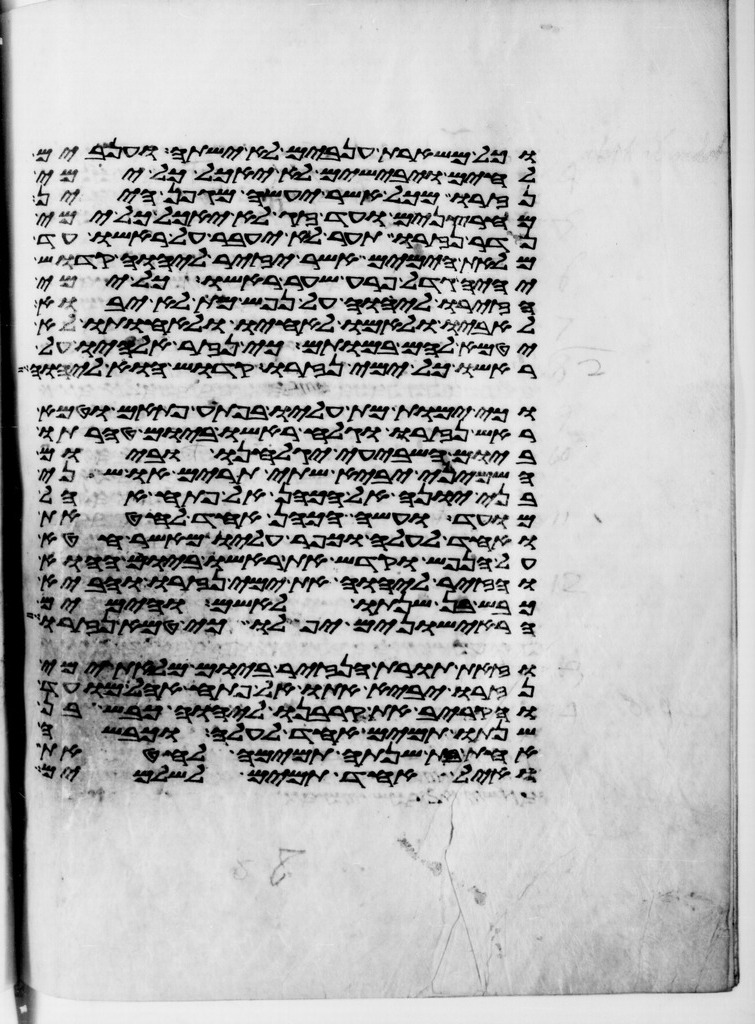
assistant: וכל משארת ענבים לא ישתה וענבים
לחים ויבישים לא יאכל כל ימי
נזרו מכל אשר יעשה מגפן היין
מחרצנים ועד זג לא יאכל כל ימי
נדר נזרו תער לא יעבר על ראשו עד
מלאת הימים אשר יזיר ליהוה קדוש
יהיה גדל פרע שער ראשו כל ימי
הזירו ליהוה על נפש מת לא יבוא
לאביו ולאמו לאחיו ולאחותו לא
יטמא להם במותם כי נזר אלהיו על
ראשו כל ימי נזרו קדוש הוא ליהוה
וכי ימות מת עליו בפתע פתאם וטמא
ראש נזרו וגלח ראשו ביום טהרתו
ביום השביעי יגלחנו וביום
השמיני יביא שתי תרים או שני
בני יונה אל הכהן אל פתח אהל
מועד ועשה הכהן אחד לחטאת
ואחד לעלה וכפר עליו מאשר חטא
על הנפש וקדש את ראשו ביום ההוא
והזיר ליהוה את ימי נזרו והביא
כבש בן שנתו לאשם והימים
הראישונים יפלו כי טמא נזרו
וזאת תורת הנזיר ביום מלאת ימי
נזרו יביא אתו אל פתח אהל מועד
והקריב את קרבנו ליהוה כבש בן
שנתו תמים אחד לעלה וכבשה
אחת בת שנתה תמימה לחטאת
ואיל אחד תמים לשלמים